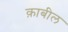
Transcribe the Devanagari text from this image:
क़ाबील